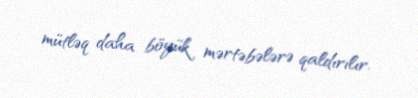
mütləq daha böyük mərtəbələrə qaldırılır.